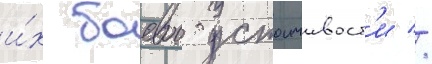
и́х боевои устоичивост'и //